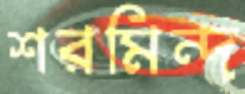
শরমিন্দ